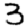
Digit: 3